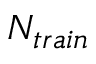
N _ { t r a i n }